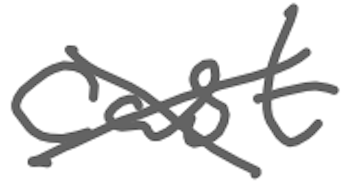
Text: cast
Cross-out: cross
Writing tool: digital_gray